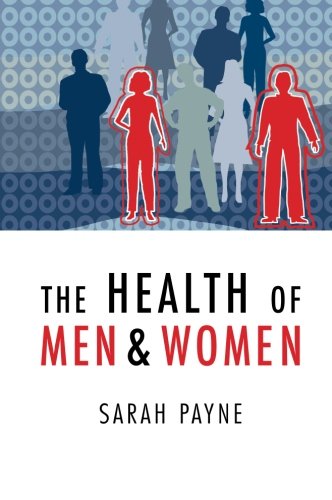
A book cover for The Health of Men and Women; Sarah Payne; Health, Fitness & Dieting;